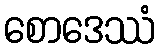
စောဒေဿံ